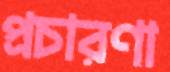
প্রচারণা